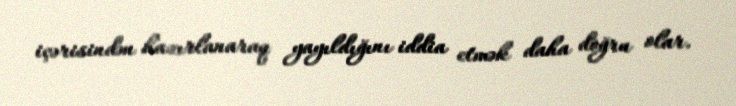
içərisindən hazırlanaraq yayıldığını iddia etmək daha doğru olar.